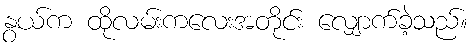
နွယ်က ထိုလမ်းကလေးအတိုင်း လျှောက်ခဲ့သည်။